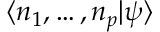
\langle n _ { 1 } , \dots , n _ { p } | \psi \rangle